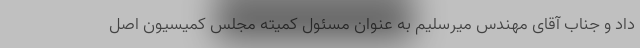
داد و جناب آقای مهندس میرسلیم به عنوان مسئول کمیته مجلس کمیسیون اصل